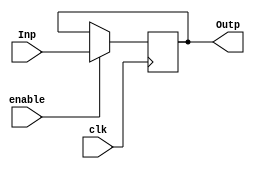
module parallel_register(
    input clk,
    input enable,
    input [3:0] Inp,
    output [3:0] Outp
    );

	// Declare the parallel register
	reg [3:0] sr;

	// Shift everything over, load the incoming bit
	always @ (posedge clk)
	begin
		if (enable == 1'b1)
		begin
			sr <= Inp;
		end
	end

	// Catch the outgoing bit
	assign Outp = sr;

endmodule